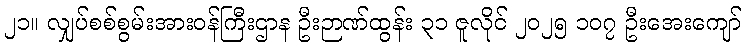
၂၁။ လျှပ်စစ်စွမ်းအားဝန်ကြီးဌာန ဦးဉာဏ်ထွန်း ၃၁ ဇူလိုင် ၂၀၂၅ ၁၀၇ ဦးအေးကျော်